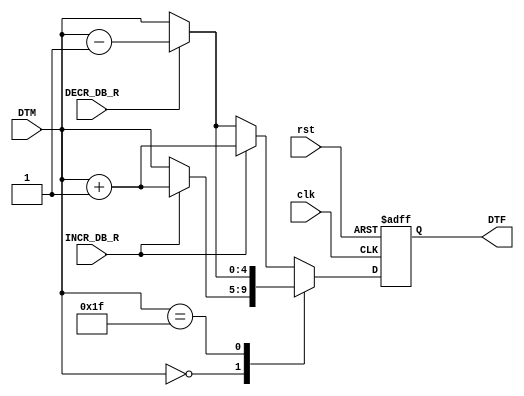
`timescale 1ns / 1ps
//////////////////////////////////////////////////////////////////////////////////
// Company: Gruppo 1
// 
// Design Name: 
// Module Name: COUNTER
// Project Name: Thermostat Control System
// Target Devices: Basys 3
// Tool Versions: 
// Description: 
// 
// Dependencies: 
// 
// Revision:
// Revision 0.01 - File Created
// Additional Comments:
// 
//////////////////////////////////////////////////////////////////////////////////


module COUNTER_SS(
input wire clk, rst, INCR_DB_R, DECR_DB_R,
input wire [4:0] DTM,
output reg [4:0] DTF
    );
    
    reg [4:0] DTF_nxt;
    
    always@(posedge clk, posedge rst) begin //registro per DTF
        if(rst==1'b1) DTF <= 5'b00000;
        else DTF <= DTF_nxt;
    end
    
    always@(DTM,INCR_DB_R, DECR_DB_R) begin //logica aggiornamento valore successivo
        case(DTM)
            5'b00000: begin
                if(INCR_DB_R == 1'b1) DTF_nxt = DTM + 5'b00001;
                else DTF_nxt = DTM;
            end
            5'b11111: begin
                if(DECR_DB_R == 1'b1) DTF_nxt = DTM - 5'b00001;
                else DTF_nxt = DTM;
            end
            default: begin
                if(INCR_DB_R == 1'b1) DTF_nxt = DTM + 5'b00001;
                else if(DECR_DB_R == 1'b1) DTF_nxt = DTM - 5'b00001;
                else DTF_nxt = DTM;            
            end
        endcase
    end
    
endmodule